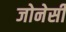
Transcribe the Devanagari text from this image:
जोनेसी